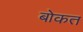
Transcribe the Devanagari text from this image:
बोकत